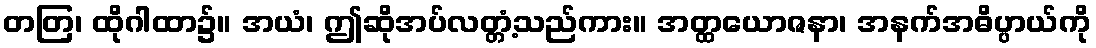
တတြ၊ ထိုဂါထာ၌။ အယံ၊ ဤဆိုအပ်လတ္တံ့သည်ကား။ အတ္ထယောဇနာ၊ အနက်အဓိပ္ပာယ်ကို